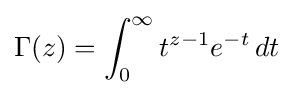
\Gamma (z)=\int _{0}^{\infty }t^{z-1}e^{-t}\,dt